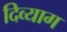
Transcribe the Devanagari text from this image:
दिव्याग